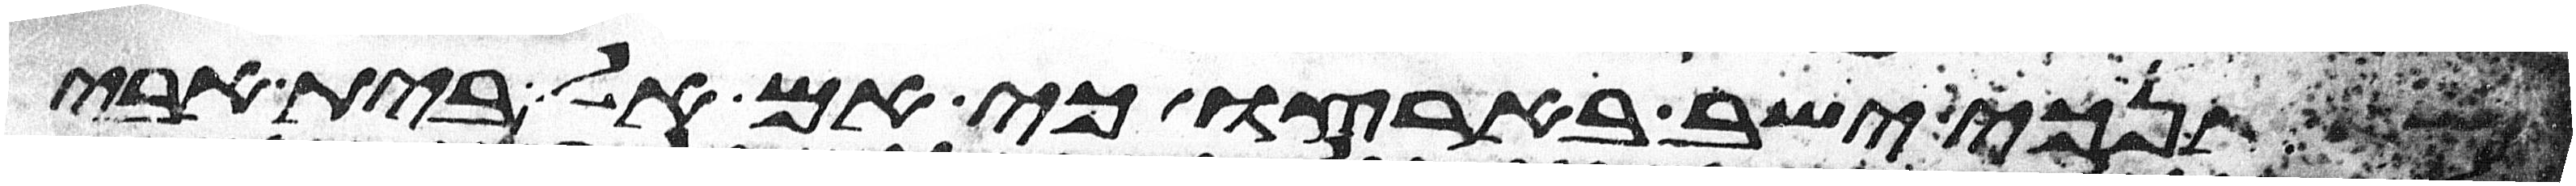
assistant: אשר אנכי ישב בארצו כי אם אל בית אבי